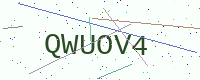
Text: QWUOV4